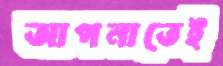
আপনাতেই